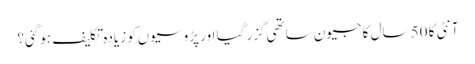
آنٹی کا 50 سال کا جیون ساتھی گزر گیا اور پڑوسیوں‌کو زیادہ تکلیف ہوگئی؟